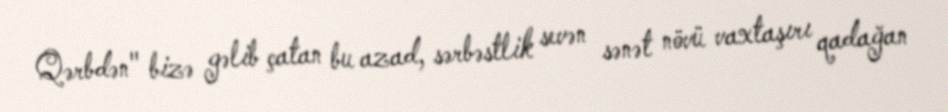
Qərbdən" bizə gəlib çatan bu azad, sərbəstlik sevən sənət növü vaxtaşırı qadağan